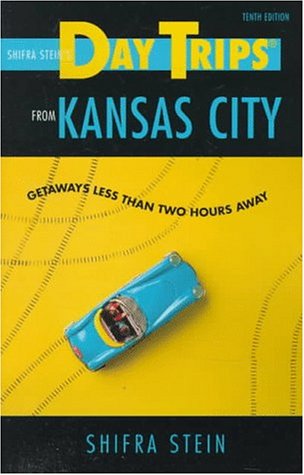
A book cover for Day Trips from Kansas City: Getaways Less Than Two Hours Away (Day Trips Series); Shifra Stein; Travel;